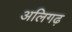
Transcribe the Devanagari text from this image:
अलिगढ़